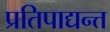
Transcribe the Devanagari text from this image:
प्रतिपाद्यन्त्त